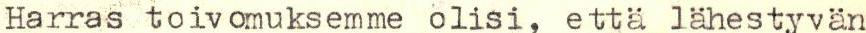
Harras toivomuksemme olisi, että lähestyvän